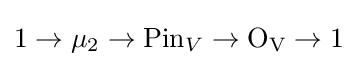
1\rightarrow \mu _{2}\rightarrow \mathrm {Pin} _{V}\rightarrow \mathrm {O_{V}} \rightarrow 1